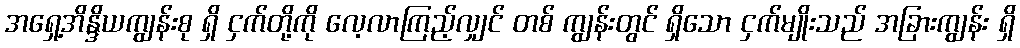
အရှေ့အိန္ဒိယကျွန်းစု ရှိ ငှက်တို့ကို လေ့လာကြည့်လျှင် တစ် ကျွန်းတွင် ရှိသော ငှက်မျိုးသည် အခြားကျွန်း ရှိ